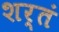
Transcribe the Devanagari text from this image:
शर्तं